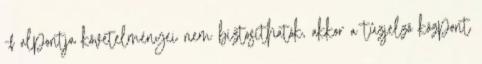
-f alpontja követelményei nem biztosíthatók, akkor a tûzjelzõ központ